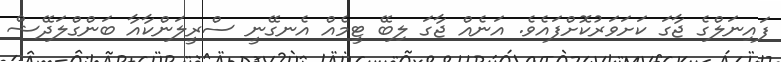
ފައިނަލްގެ ޖާގަ ކަށަވަރުކޮށްފައެވެ. އަނެއް ޖާގަ ލިބޭ ޓީމެއް އެނގޭނީ ސްރީލަންކާއާ ބަންގްލަދޭޝް